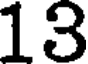
13